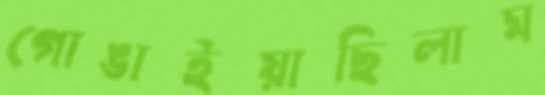
গোঙাইয়াছিলাম